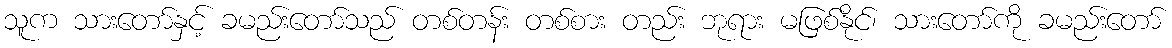
သူက သားတော်နှင့် ခမည်းတော်သည် တစ်တန်း တစ်စား တည်း ဘုရား မဖြစ်နိုင်၊ သားတော်ကို ခမည်းတော်